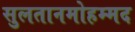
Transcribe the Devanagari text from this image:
सुलतानमोहम्मद